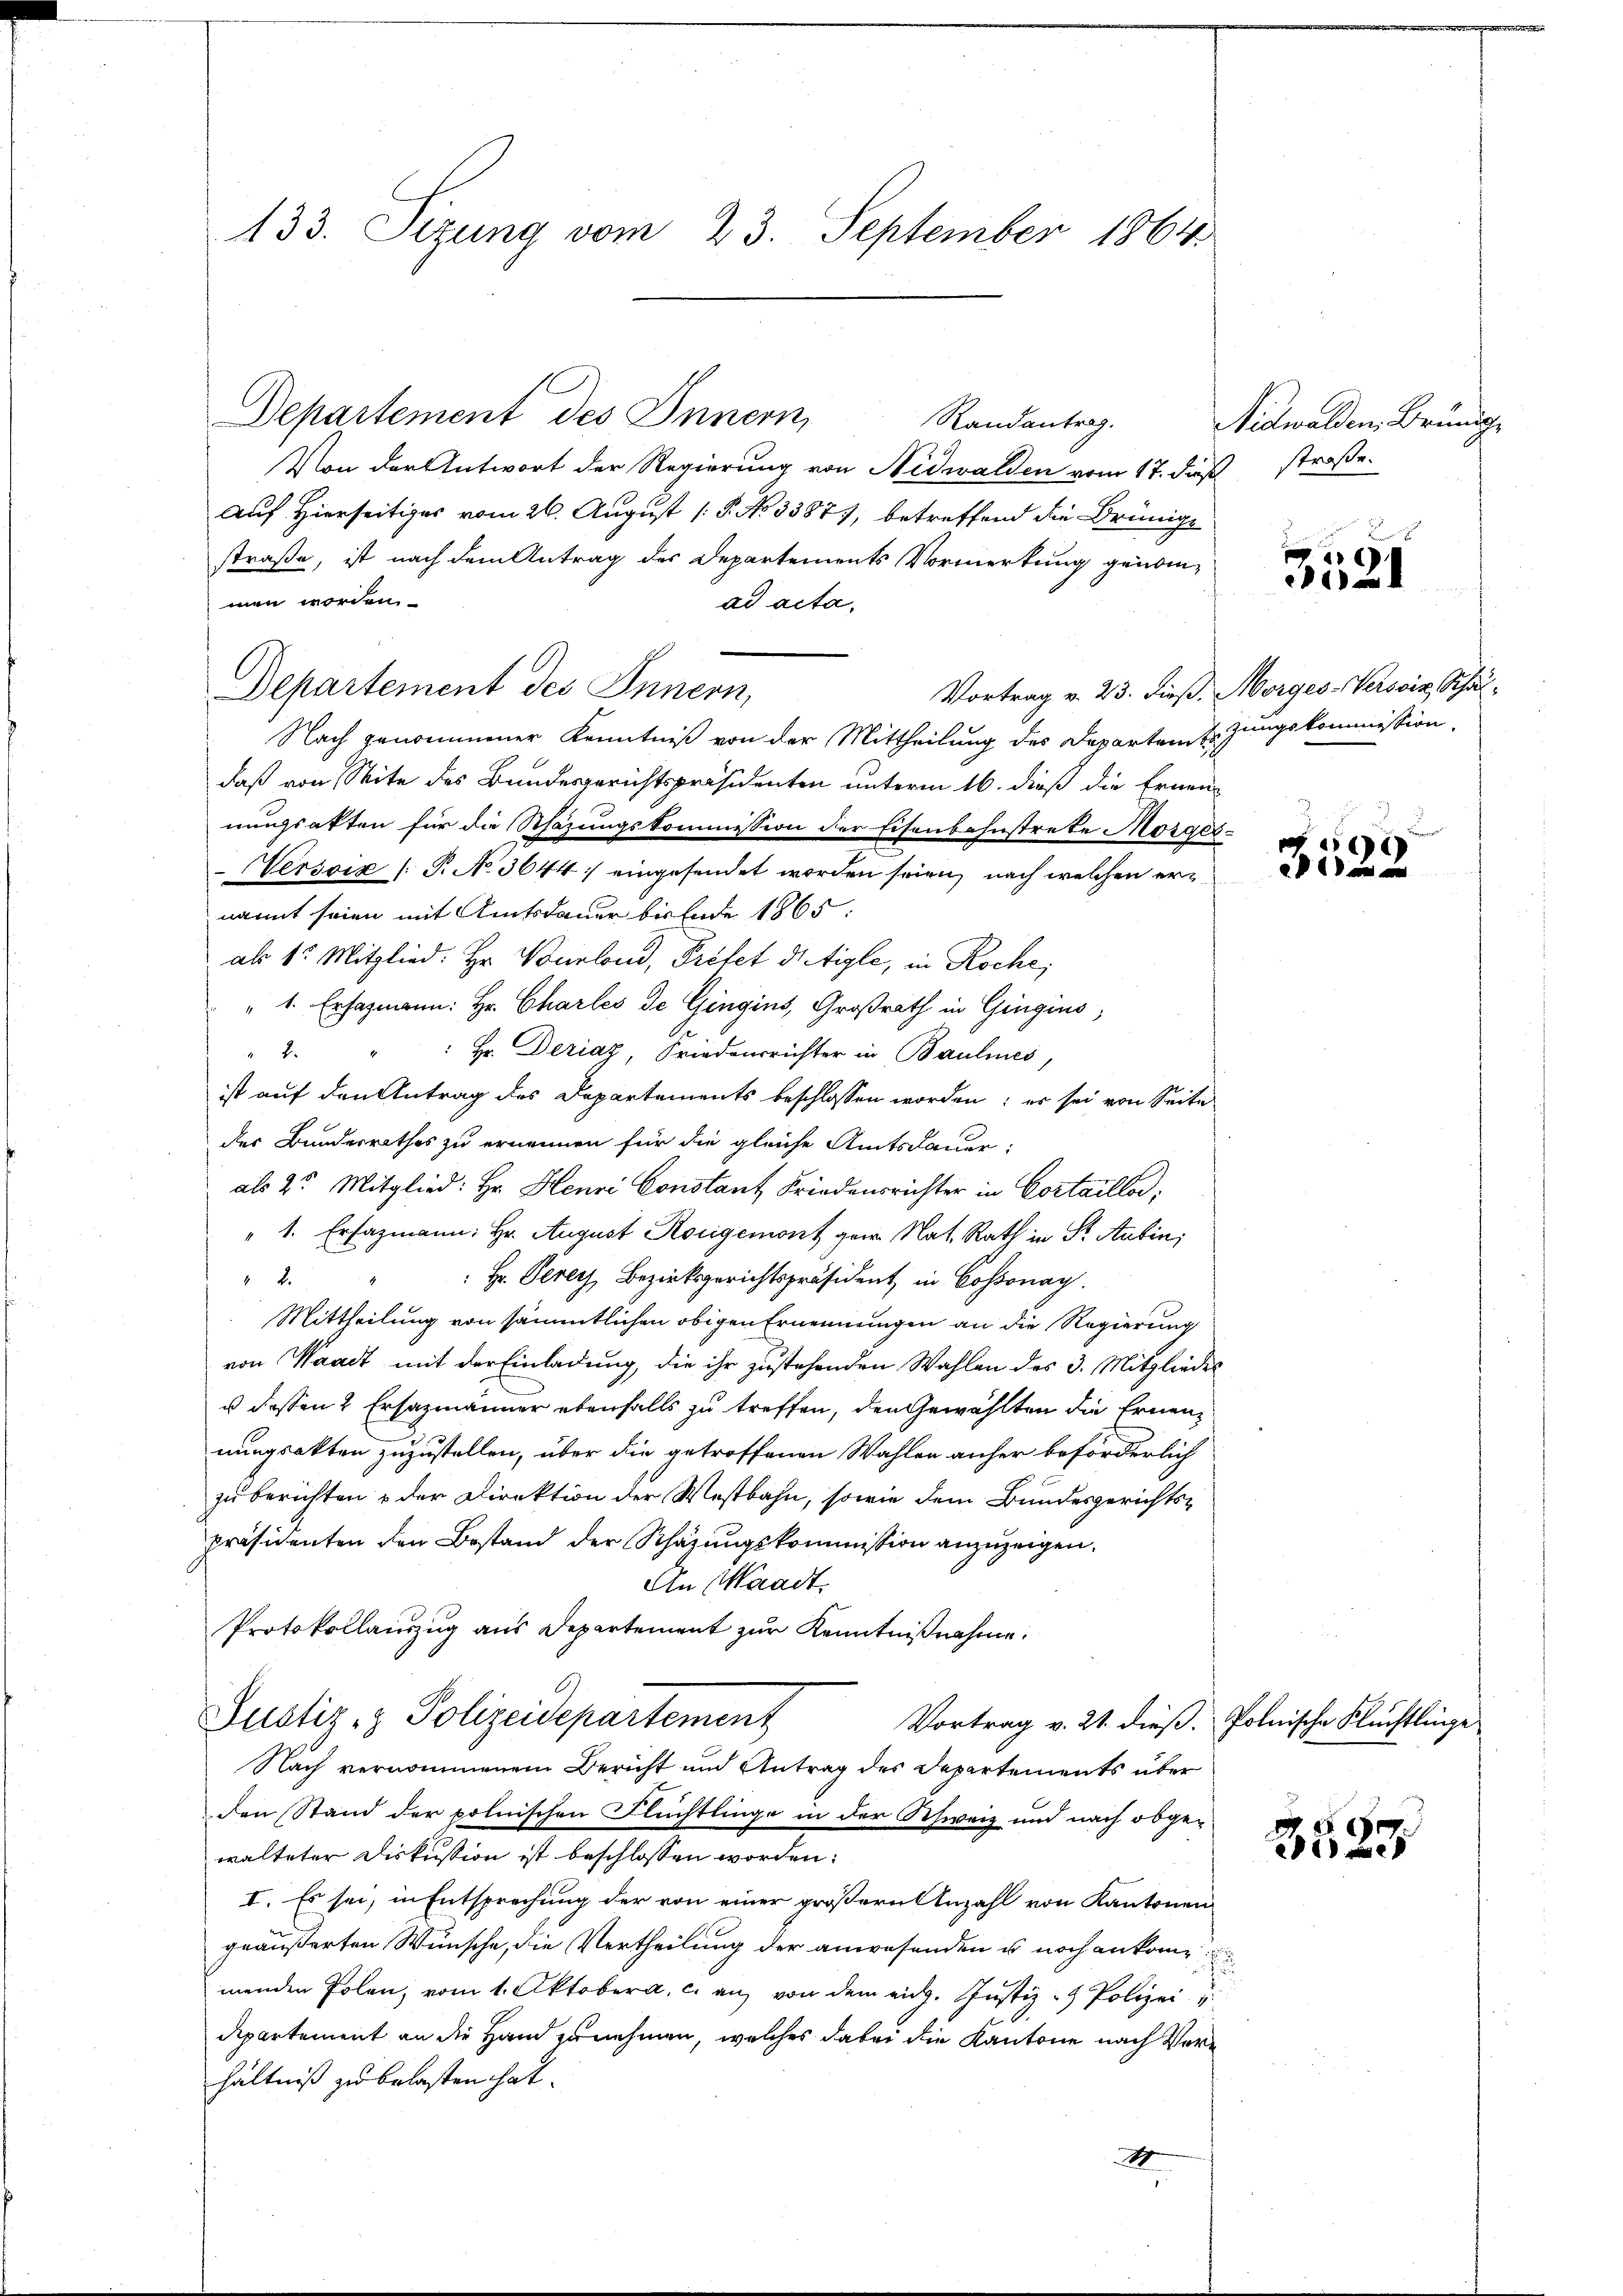
133. Sizung vom 23. September 1864

Departement des Innern,
Randantrag.
Von der Antwort der Regierung von Nidwalden vom 17. dießstraße.
Auf Hierseitiges vom 26. August [ P. No 33877, betreffend die Brünige
straße, ist nach dem Antrag des Departements Vormerkung genommen worden.
ad acta,
Departement des Innern,
Nach genommener Kenntniß von der Mittheilung des Departem Er zungskommission
daß von Seite des Bundesgerichtspräsidenten unterm 16. dieß die Ernennungsakten für die Schazungskommission der Eisenbahnstrete Morges.
Persoix (: P. N. 3644] eingesendet worden seien, nach welchen ernannt seien mit Amtsdauer bis Ende 1865:
als 1. Mitglied: Hr. Verlond, Préfet die tigle, in Koche,
" 1. Ersahmann: Hr. Charles de Gingins, Großrath in Gingins,
Hr. Deziaz, Friedensrichter in Baulines,
2
ist auf den Antrag des Departements beschlossen worden; es sei von Seite
der Bundesrathes zu ernennen für die gleiche Amtsdauer,
als 2. Mitglied: Hr. Henri Constant Friedensrichter in Cortaillo,
" 1. Ersazmann: Hr. August Korigemont per Nat. Rath in St. Aubin,
Hr. Verer Bezirksgerichtspräsident in Cossonay
 2.
Mittheilung von sämmtlichen obigen Ernennungen an die Regierung
von Waadt mit der Einladung, die ihr zustehenden Wahlen des 3. Mitglieder
u dessen 2 Ersazmänner ebenfalls zu treffen, den Gewählten die Ernennungsakten zuzustellen, über die getroffenen Wahlen anher beförderlich
zu berichten & der Direktion der Westbahn, sowie dem Bundesgerichtspräsidenten den Bestand der Schazungskommission anzuzeigen.
An Waadt,
Protokollauszug aus Departement zur Kenntnißnahme.
6.
Justiz- & Polizeisepartement
Vortrag v. 21. dieß. Polnische Flüchtlinge
Nach vernommenem Bericht und Antrag des Departements über
den Stand der polnischen Flüchtlinge in der Schweiz und nach obgewalteter Diskussion ist beschlossen worden:
I. Es sei, in Entsprechung der von einer größern Anzahl von Kantonen
geäußerten Wünsche, die Vertheilung der anwesenden es noch ankom
menden Polen, vom 1. Oktobera, c. an, von dem eidg. Justiz- & Polizei
departement an die Hand zunehmen, welches dabei die Kantone nach Verhältniß zu belasten hat.
2

Nidwalden, Brundge

02

Vortrag v. 23. dieß, Morges Versein, Schul¬

en an

3525